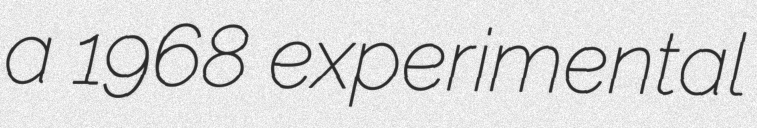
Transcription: a 1968 experimental